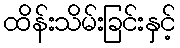
ထိန်းသိမ်းခြင်းနှင့်